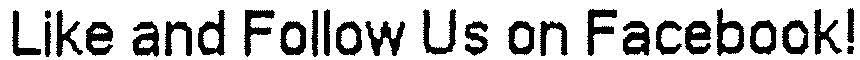
LIKE AND FOLLOW US ON FACEBOOK!